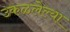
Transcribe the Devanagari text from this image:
उकळलेल्या